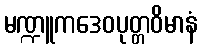
မဏ္ဍူကဒေဝပုတ္တဝိမာနံ